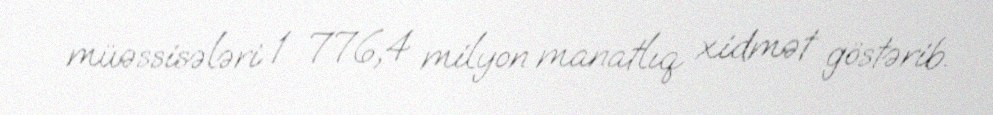
müəssisələri 1 776,4 milyon manatlıq xidmət göstərib.